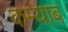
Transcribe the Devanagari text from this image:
कम्याब